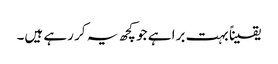
یقیناً بہت برا ہے جو کچھ یہ کر رہے ہیں۔